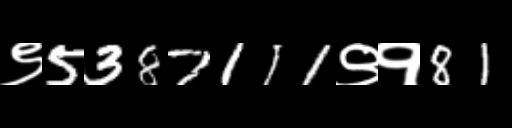
Text: ९5387111९१81